Report on vaccination in Madras 1922-1929 - 1922-1929
Year: 1922
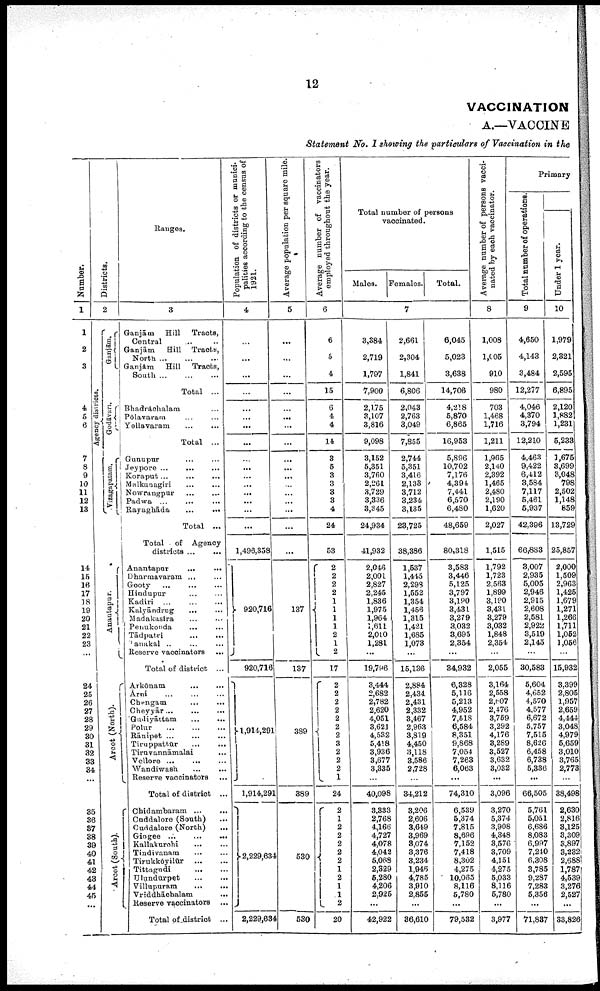
12
VACCINATION
A.—VACCINE
Statement No. I showing the particulars of Vaccination in the
Number.
1
1
2
3
4
5
6
7
8
9
10
11
12
13
14
15
16
17
18
19
20
21
22
23
...
24
25
26
27
28
29
30
31
32
33
34
...
35
36
37
38
39
40
41
42
43
44
45
...
Districts.
2
Agency districts.
Ganjām.
Godāvari.
Vizagapatam.
Anantapur.
Arcot (North).
Arcot (South).
Ranges.
3
Ganjām Hill Tracts,
Central ... ...
Ganjām
Hill Tracts,
North
...
...
...
Ganjām
Hill
Tracts,
South
...
...
...
Total ...
Bhadrāchalam ...
Pōlavaram ... ...
Yellavaram ... ...
Total ...
Gunupur
...
...
Jeypore
...
...
...
Koraput
...
...
...
Malkanagiri
...
...
Nowrangpur ... ...
Padwa ... ...
Rayaghāda
...
...
Total ...
Total of Agency
districts ... ...
Anantapur ... ...
Dharmavaram ... ...
Gooty
...
...
...
Hindupur
...
...
Kadiri ... ... ...
Kalyāndrug ... ...
Madakasīra ... ...
Penukonda
...
...
Tādpatri
...
...
Tanakal ... ... ...
Reserve vaccinators
...
Total of district ...
Arkōnam ... ...
Arni ... ... ...
Chengam
...
...
Cheyyār... ... ...
Gudiyāttam
...
...
Polur
...
...
...
Rānipet ... ... ...
Tiruppattūr ... ...
Tiravannāmalai ...
Vellore ... ... ...
Wandiwash
...
...
Reserve vaccinators ...
Total of district ...
Chidambaram
...
...
Cuddalore (South) ...
Cuddalore (North) ...
Gingee
...
...
...
Kallakurchi ... ...
Tindivanam ... ...
Tirukkōyilūr
...
...
Tittagudi
...
...
Ulundūrpet ... ...
Villupuram
...
...
Vriddhāchalam ...
Reserve vaccinators ...
Total of district ...
Population of districts or munici
palities according to the census of
1921.
4
...
...
...
...
...
...
...
...
...
...
...
...
...
...
...
1,496,358
920,716
920,716
1,914,291
1,914,291
2,229,634
2,229,634
Average population per square mile.
5
...
...
...
...
...
...
...
...
...
...
...
...
...
...
...
...
...
137
137
389
389
530
530
Average number of vaccinators
employed throughout the year.
6
6
5
4
15
6
4
4
14
3
5
3
3
3
3
4
24
53
2
2
2
1 1
1
1
1
2
1
2
17
2
2
2
2
2
2
2
3
2
2
2
1
24
2
1
2
2
2
2
2
1
2
1
1
2
20
Total number of persons
vaccinated.
Males. Females.
Total.
7
3,384
2,719
1,797
7,900
2,175
3,107
3,816
9,098
3,152
5,351
3,760
2,261
3,729
3,336
3,345
24,934
41,932
2,046
2,001
2,827
2,245
1,836
1,975
1,964
1,611
2,010
1,281
...
19,796
3,444
2,682
2,782
2,620
4,051
3,621
4,532
5,418
3,936
3,677
3,335
...
40,098
3,333
2,768
4,166
4,727
4,078
4,042
5,068
2,329
5,280
4,206
2,925
...
42,922
2,661
2,304
1,841
6,806
2,043
2,763
3,049
7,855
2,744
5,351
3,416
2,133
3,712
3,234
3,135
23,725
38,386
1,537
1,445
2,298
1,552
1,354
1,456
1,315
1,421
1,685
1,073
...
15,136
2,884
2,434
2,431
2,332
3,467
2,963
3,819
4,450
3,118
3,586
2,728
...
34,212
3,206
2,606
3,649
3,969
3,074
3,376
3,234
1,946
4,785
3,910
2,855
...
36,610
6,045
5,023
3,638
14,706
4,218
5,870
6,865
16,953
5,896
10,702
7,176
4,394
7,441
6,570
6,480
48,659
80,318
3,583
3,446
5,125
3,797
3,190
3,431
3,279
3,032
3,695
2,354
...
34,932
6,328
5,116
5,213
4,952
7,518
6,584
8,351
9,868
7,054
7,263
6,063
...
74,310
6,539
5,374
7,815
8,696
7,152
7,418
8,302
4,275
10,065
8,116
5,780
...
79,532
Average number of persons vacci
nated by each vaccinator.
8
1,008
1,005
910
980
703
1,468
1,716
1,211
1,965
2,140
2,392
1,465
2,480
2,190
1,620
2,027
1,515
1,792
1,723
2,563
1,899
3,190
3,431
3,279
3,032
1,848
2,354
...
2,055
3,164
2,558
2,607
2,476
3,759
3,292
4,176
3,289
3,527
3,632
3,032
...
3,096
3,270
5,374
3,908
4,348
3,576
3,709
4,151
4,275
5,033
8,116
5,780
...
3,977
Primary
Total number of operations.
9
4,650
4,143
3,484
12,277
4,046
4,370
3,794
12,210
4,463
9,422
6,4,12
3,584
7,117
5,461
5,937
42,396
66,883
3,007
2,935
5,005
2,946
2,915
2,608
2,581
2,922
3,519
2,145
...
30,583
5,604
4,652
4,570
4,577
6,672
5,757
7,515
8,626
6,458
6,738
5,336
...
66,505
5,761
5,051
6,686
8,083
6,997
7,240
6,308
3,785
9,287
7,283
5,356
...
71,837
Under 1 year.
10
1,979
2,321
2,595
6,895
2,120
1,882
1,231
5,233
1,675
3,699
3,048
798
2,502
1,148
859
13,729
25,857
2,000
1,509
2,963
1,425
1,679
1,271
1,266
1,711
1,052
1,056
...
15,932
3,399
2,805
1,957
2,659
4,444
3,048
4,979
5,659
3,010
3,765
2,773
...
38,498
2,630
2,816
3,125
3,309
3,897
3,232
2,688
1,787
4,539
3,276
2,527
...
33,826